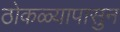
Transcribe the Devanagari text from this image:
ठोकळ्यापासुन